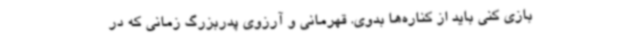
بازی کنی باید از کناره‌ها بدوی. قهرمانی و آرزوی پدربزرگ زمانی که در